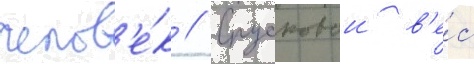
челов'е́к // Спусковои в'е́с